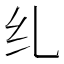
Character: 𫄙